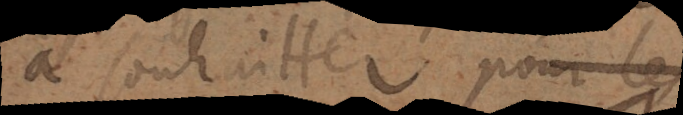
à souhaiter pour les